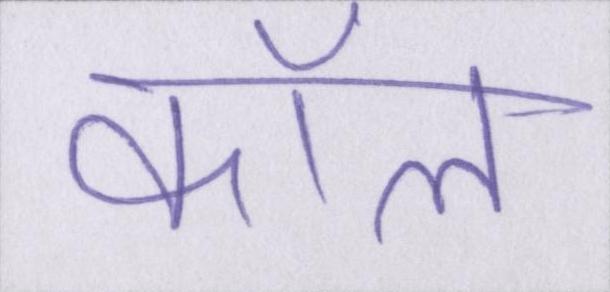
कॉल